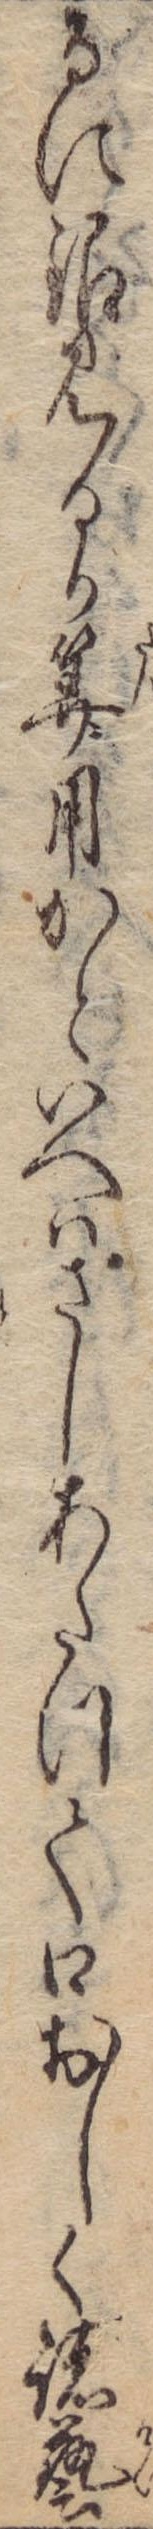
るに銀見るか算用かといへはさしあたって口おしく諸芸